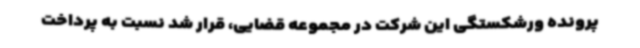
پرونده ورشکستگی این شرکت در مجموعه قضایی، قرار شد نسبت به پرداخت